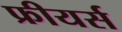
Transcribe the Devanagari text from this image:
फ्रीयर्स